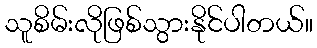
သူစိမ်းလိုဖြစ်သွားနိုင်ပါတယ်။